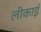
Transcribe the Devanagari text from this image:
लीकाई